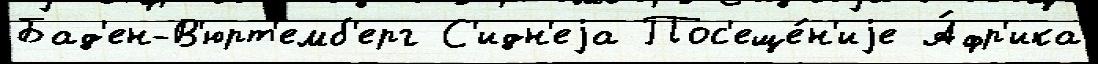
Бад'ен-В'юрт'емб'ерг С'идн'еjа Пос'еще́н'иjе А́фр'ика